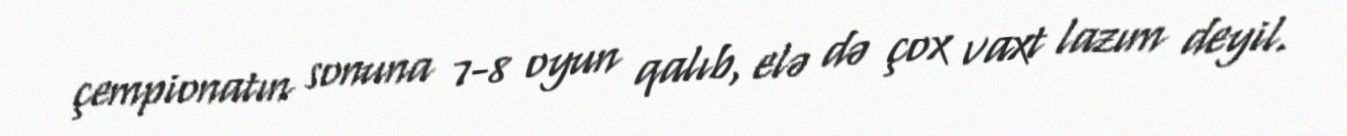
çempionatın sonuna 7-8 oyun qalıb, elə də çox vaxt lazım deyil.